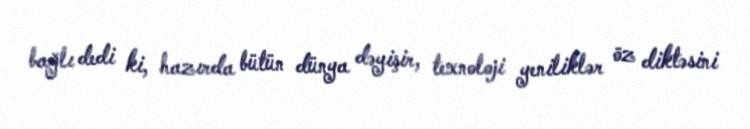
bağlı dedi ki, hazırda bütün dünya dəyişir, texnoloji yeniliklər öz diktəsini